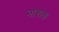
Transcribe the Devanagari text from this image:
नाश्‍ाक